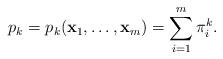
LaTeX: \begin{align*}p_k = p_k(\mathbf{x}_1, \ldots, \mathbf{x}_m) = \sum_{i=1}^m \pi_i^k.\end{align*}